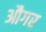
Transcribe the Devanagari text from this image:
औगर